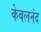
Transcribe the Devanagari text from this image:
केबलनंद